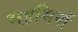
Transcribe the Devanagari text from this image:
महसिनों